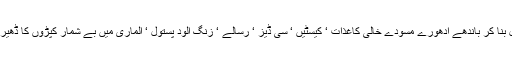
انہیں اٹھایا جھاڑا ‘ پونچھا ‘ دوسرے کمرے میں لے جا کر ترتیب سے رکھا اخبارات کے بنڈل بنا کر باندھے ادھورے مسودے خالی کاغذات ‘ کیسٹیں ‘ سی ڈیز ‘ رسالے ‘ زنگ آلود پستول ‘ الماری میں بے شمار کپڑوں کا ڈھیر…..جو عرصہ ہوا شاید ہی کبھی استعمال ہوئے ہوں گے…..بے شمار البمز لاتعداد تصویریں۔